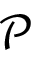
\mathcal { P }